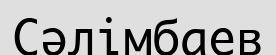
Сәлімбаев